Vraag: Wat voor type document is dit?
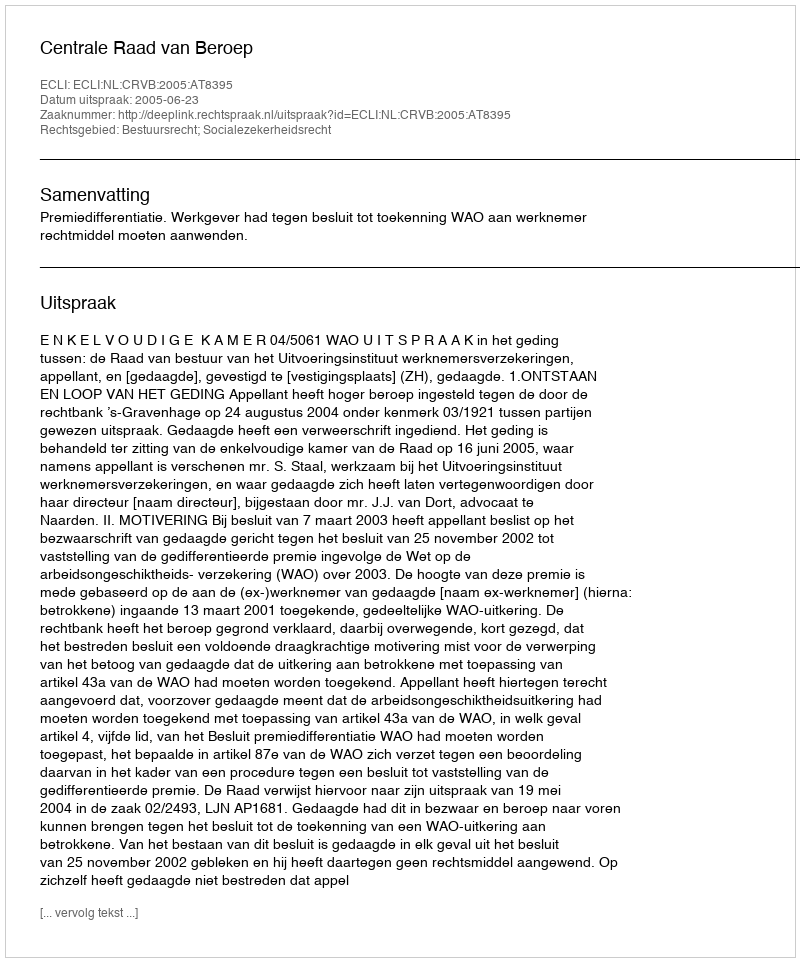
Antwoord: Uitspraak